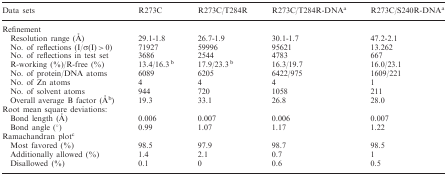
| Data sets | R273C | R273C/T284R | R273C/T284R-DNAa | R273C/S240R-DNAa |
 | --- | --- | --- | --- | --- |
 | Refinement |  |  |  |  |
 | Resolution range (Å) | 29.1-1.8 | 26.7-1.9 | 30.1-1.7 | 47.2-2.1 |
 | No. of reflections (I/σ(I) > 0) | 71927 | 59996 | 95621 | 13.262 |
 | No. of reflections in test set | 3686 | 2544 | 4783 | 667 |
 | R-working (%)/R-free (%) | 13.4/16.3 b | 17.9/23.3 b | 16.3/19.7 | 16.0/23.1 |
 | No. of protein/DNA atoms | 6089 | 6205 | 6422/975 | 1609/221 |
 | No. of Zn atoms | 4 | 4 | 4 | 1 |
 | No. of solvent atoms | 944 | 720 | 1058 | 211 |
 | Overall average B factor (Åb) | 19.3 | 33.1 | 26.8 | 28.0 |
 | Root mean square deviations: |  |  |  |  |
 | Bond length (Å) | 0.006 | 0.007 | 0.006 | 0.007 |
 | Bond angle (°) | 0.99 | 1.07 | 1.17 | 1.22 |
 | Ramachandran plotc |  |  |  |  |
 | Most favored (%) | 98.5 | 97.9 | 98.7 | 98.5 |
 | Additionally allowed (%) | 1.4 | 2.1 | 0.7 | 1 |
 | Disallowed (%) | 0.1 | 0 | 0.6 | 0.5 |